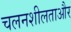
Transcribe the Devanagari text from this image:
चलनशीलताऔर